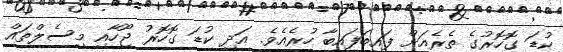
ކުޑަ ގޮހޮރުގެ ތެރެއަށް ފައިބަފައިބާ ހުރެއެވެ. އަދި ކުޑަ ގޮހޮރު ޖޫހާއި މިސެލްތައް